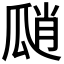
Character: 𤫾